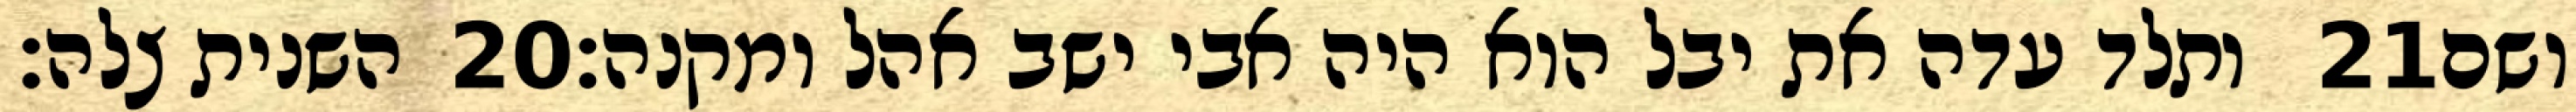
השנית צלה׃ ‎20‏ ותלד עדה את יבל הוא היה אבי ישב אהל ומקנה׃ ‎21‏ ושם